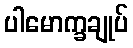
ပါမောက္ခချုပ်